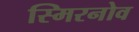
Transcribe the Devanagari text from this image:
स्मिरनोव